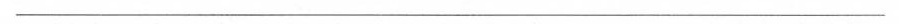
___